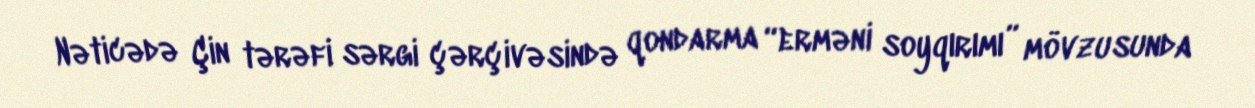
Nəticədə Çin tərəfi sərgi çərçivəsində qondarma “erməni soyqırımı” mövzusunda